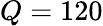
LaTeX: Q=120